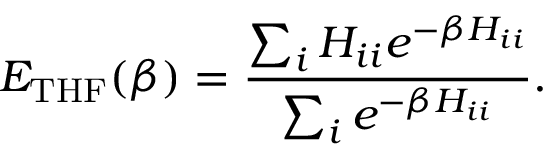
E _ { \mathrm { T H F } } ( \beta ) = \frac { \sum _ { i } H _ { i i } e ^ { - \beta H _ { i i } } } { \sum _ { i } e ^ { - \beta H _ { i i } } } .